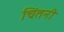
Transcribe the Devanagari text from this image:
चिंतनी